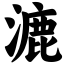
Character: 漉